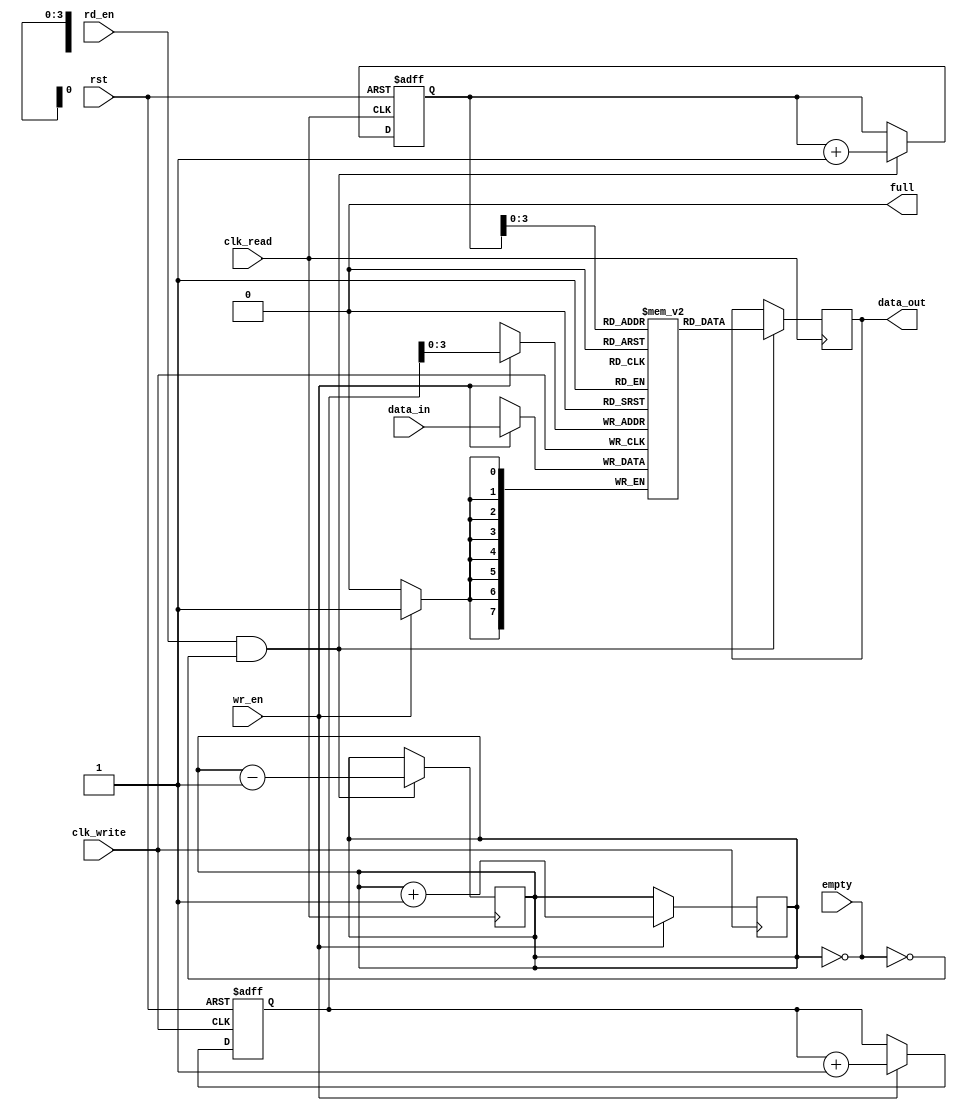
module synchronous_fifo (
  input wire clk_write,
  input wire clk_read,
  input wire rst,
  input wire wr_en,
  input wire rd_en,
  input wire [DATA_WIDTH-1:0] data_in,
  output reg [DATA_WIDTH-1:0] data_out,
  input wire empty,
  output wire full
);

parameter DATA_WIDTH = 8;
parameter FIFO_DEPTH = 16;

reg [(DATA_WIDTH-1):0] fifo_buffer [0:FIFO_DEPTH-1];
reg [4:0] wr_ptr = 0;
reg [4:0] rd_ptr = 0;
reg [3:0] count = 0;

// Write Pointer
always @ (posedge clk_write or posedge rst) begin
  if (rst)
    wr_ptr <= 0;
  else if (wr_en && !full)
    wr_ptr <= wr_ptr + 1;
end

// Read Pointer
always @ (posedge clk_read or posedge rst) begin
  if (rst)
    rd_ptr <= 0;
  else if (rd_en && !empty)
    rd_ptr <= rd_ptr + 1;
end

// FIFO full and empty status
assign full = (count == FIFO_DEPTH);
assign empty = (count == 0);

// FIFO Write Operation
always @ (posedge clk_write) begin
  if (wr_en && !full) begin
    fifo_buffer[wr_ptr] <= data_in;
    count <= count + 1;
  end
end

// FIFO Read Operation
always @ (posedge clk_read) begin
  if (rd_en && !empty) begin
    data_out <= fifo_buffer[rd_ptr];
    count <= count - 1;
  end
end

endmodule